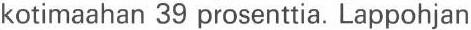
kotimaahan 39 prosenttia. Lappohjan